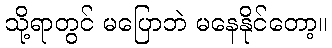
သို့ရာတွင် မပြောဘဲ မနေနိုင်တော့။